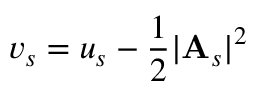
v _ { s } = u _ { s } - \frac 1 2 \vert \mathbf { A } _ { s } \vert ^ { 2 }